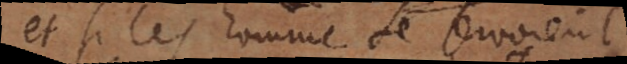
et si les hommes se servoie